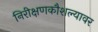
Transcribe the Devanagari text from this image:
निरीक्षणकौशल्यावर